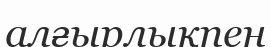
алғырлықпен